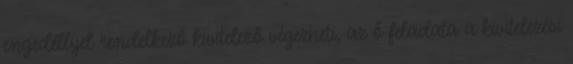
engedéllyel rendelkező kivitelező végezheti, az ő feladata a kivitelezési